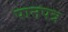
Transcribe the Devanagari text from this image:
पानपत्र